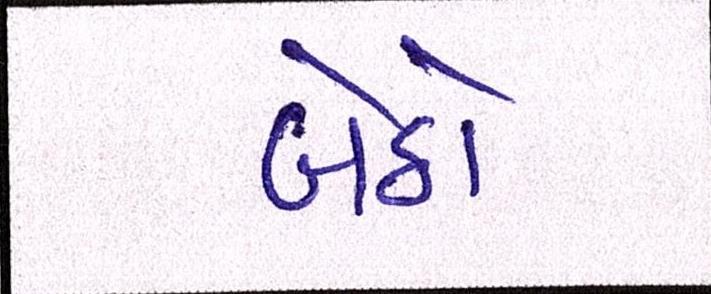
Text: બેઠો